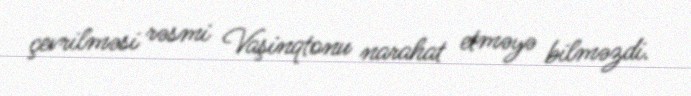
çevrilməsi rəsmi Vaşinqtonu narahat etməyə bilməzdi.